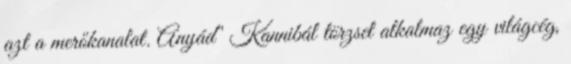
azt a merőkanalat. Anyád" Kannibál törzset alkalmaz egy világcég,